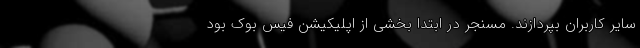
سایر کاربران بپردازند. مسنجر در ابتدا بخشی از اپلیکیشن فیس بوک بود